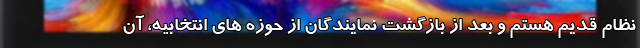
نظام قدیم هستم و بعد از بازگشت نمایندگان از حوزه های انتخابیه، آن